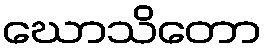
ဃောသိတော